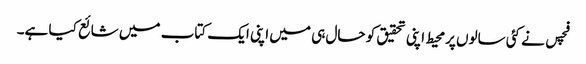
فچس نے کئی سالوں پرمحیط اپنی تحقیق کو حال ہی میں اپنی ایک کتاب میں شائع کیا ہے۔